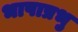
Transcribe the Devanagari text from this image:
भाषाप्रभु